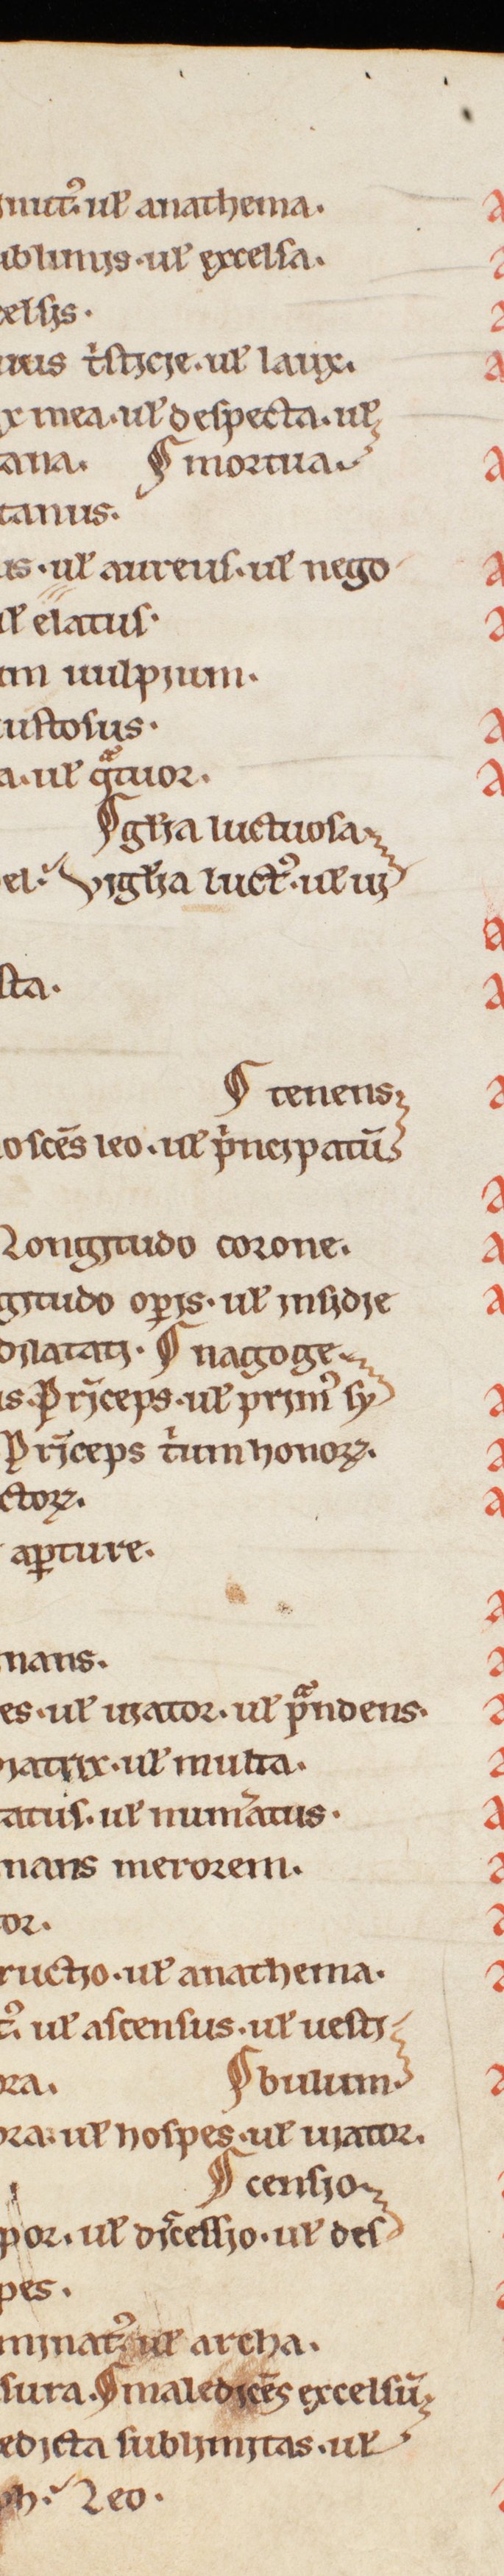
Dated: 1200–1230